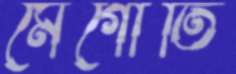
মেগোতি